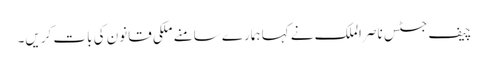
چیف جسٹس ناصر الملک نے کہا ہمارے سامنے ملکی قانون کی بات کریں۔